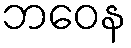
ဘဝေန